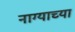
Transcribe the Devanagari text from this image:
नाग्याच्या